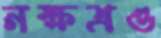
নক্ষত্রও